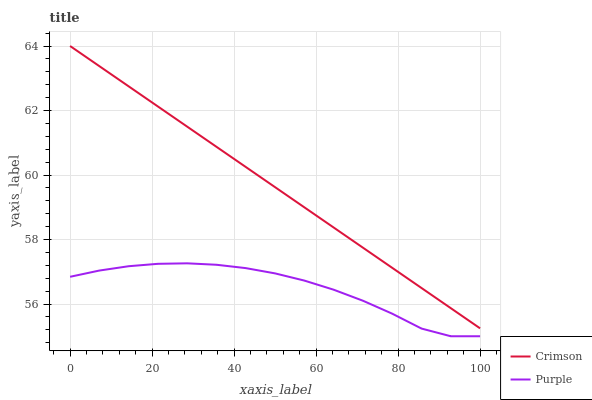
| xaxis_label | Crimson | Purple |
 | --- | --- | --- |
 | 0 | 64 | 56.8 |
 | 7.14 | 63.4 | 57 |
 | 14.3 | 62.7 | 57.2 |
 | 21.4 | 62.1 | 57.2 |
 | 28.6 | 61.5 | 57.3 |
 | 35.7 | 60.9 | 57.2 |
 | 42.9 | 60.2 | 57.1 |
 | 50 | 59.6 | 56.9 |
 | 57.1 | 59 | 56.7 |
 | 64.3 | 58.4 | 56.4 |
 | 71.4 | 57.7 | 56.1 |
 | 78.6 | 57.1 | 55.7 |
 | 85.7 | 56.5 | 55.2 |
 | 92.9 | 55.9 | 55 |
 | 100 | 55.2 | 55 |